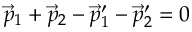
\vec { p } _ { 1 } + \vec { p } _ { 2 } - \vec { p } _ { 1 } ^ { \prime } - \vec { p } _ { 2 } ^ { \prime } = 0